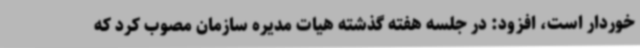
خوردار است، افزود: در جلسه هفته گذشته هیات مدیره سازمان مصوب کرد که